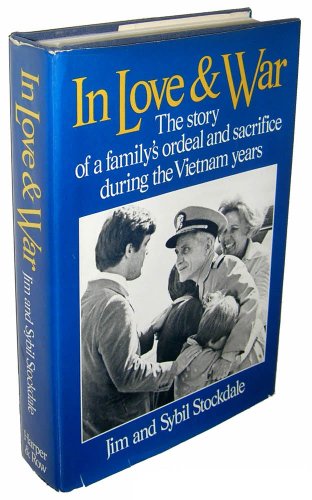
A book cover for In Love and War: The Story of a Family's Ordeal and Sacrifice During the Vietnam Years; Jim Stockdale; History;